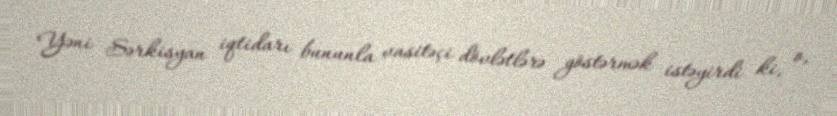
Yəni Sərkisyan iqtidarı bununla vasitəçi dövlətlərə göstərmək istəyirdi ki, o,